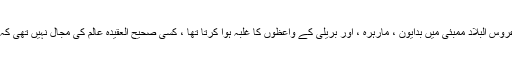
ایک زمانہ تھا کہ عروس البلاد ممبئی میں بدایون ، مارہرہ ، اور بریلی کے واعظوں کا غلبہ ہوا کرتا تھا ، کسی صحیح العقیدہ عالم کی مجال نہیں تھی کہ یہاں بیانات کرے ۔